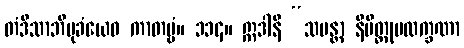
တံဒိသာဘိမုခံယေဝ ကာတဗ္ဗံ။ ၁၁၄။ ဣဒါနိ “သမန္တာ နိမိတ္တုပလက္ခဏာ